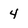
Character: 4